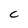
Character: C